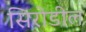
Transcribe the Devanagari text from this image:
सिरोडील